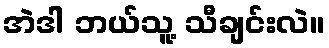
အဲဒါ ဘယ်သူ့ သီချင်းလဲ။